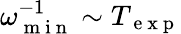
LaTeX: \omega_{\mathrm{~m~i~n~}}^{-1}\sim T_{\mathrm{~e~x~p~}}